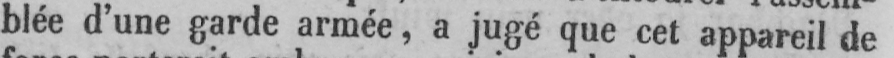
blée d’une garde armée, a jugé que cet appareil de